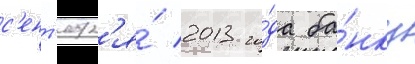
с'ент'ябр'я́ 2013 го́да ба́нку